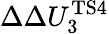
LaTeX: \Delta\Delta U_{3}^{\mathrm{TS4}}